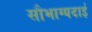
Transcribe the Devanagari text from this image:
सौभाग्यदाई